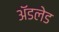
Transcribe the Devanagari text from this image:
अॅडलेड